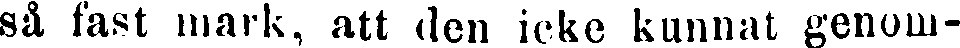
så fast mark, att den icke kunnat genom-